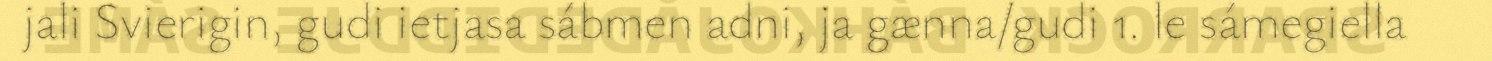
jali Svierigin, gudi ietjasa sábmen adni, ja gænna/gudi 1. le sámegiella